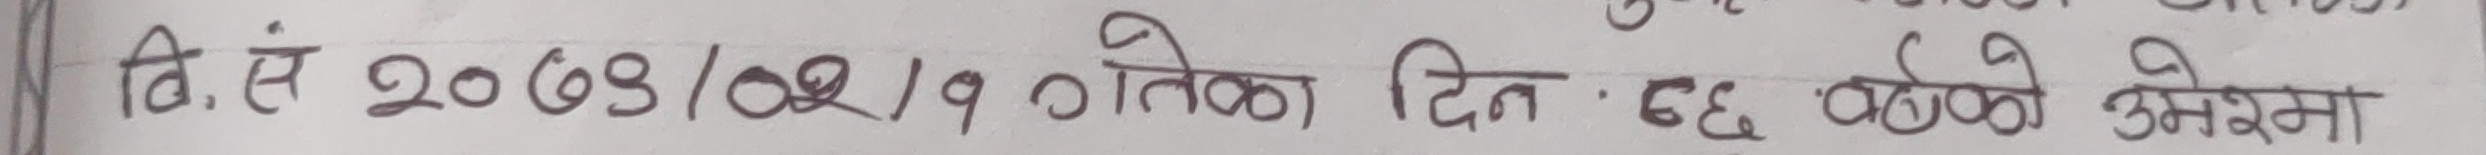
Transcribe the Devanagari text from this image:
वि.सं. २०७९/०९/१९ गतेका दिन छैठ्ठो उमेरमा